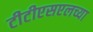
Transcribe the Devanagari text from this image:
टीटीएसएलच्या